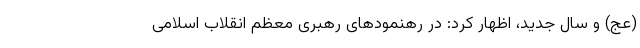
(عج) و سال جدید، اظهار کرد: در رهنمود‌های رهبری معظم انقلاب اسلامی